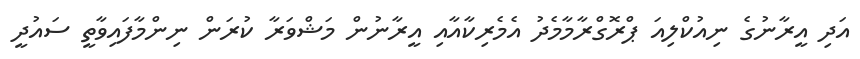
އަދި އީރާނުގެ ނިއުކްލިއަ ޕްރޮގްރާމާމެދު އެމެރިކާއާއި އީރާނުން މަޝްވަރާ ކުރަން ނިންމާފައިވާތީ ސައުދީ